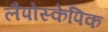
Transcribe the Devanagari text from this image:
लैपोस्केपिक